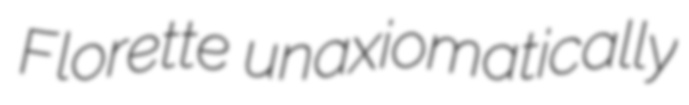
Florette unaxiomatically